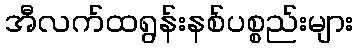
အီလက်ထရွန်းနစ်ပစ္စည်းများ